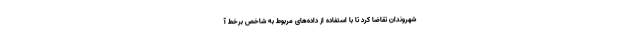
شهروندان تقاضا کرد تا با استفاده از داده‌های مربوط به شاخص برخط آ